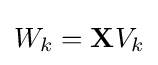
W_{k}=\mathbf {X} V_{k}